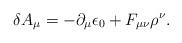
LaTeX: \begin{align*}\delta A_{\mu} = - {\partial_{\mu} \epsilon_{0}} + F_{\mu \nu}\rho^{\nu}. \end{align*}